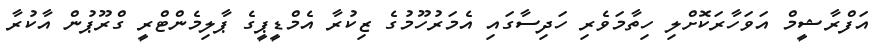
އަފްރާޝީމް އަވަހާރަކޮށްލި ހިތާމަވެރި ހަދިސާގައި އެމަރުހޫމުގެ ޒިކުރާ އެމްޑީޕީގެ ޕާލިމެންޓްރީ ގްރޫޕުން އާކުރާ